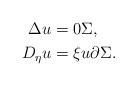
LaTeX: \begin{align*}\Delta u &=0 \Sigma,\\D_\eta u &=\xi u \partial \Sigma.\end{align*}